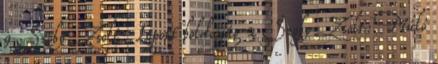
9 Szoby Zsolt: Lopott boldogság 2 Szoby Zsolt: Múló